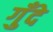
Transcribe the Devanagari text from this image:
गुँदे